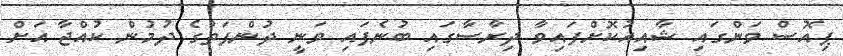
ޕިއޮސް ވަންގައި ޝާއިއުކޮށްފައިވާ ދިރާސާގައި ބުނެފައި ވަނީ ދުންފަތުގެ ދުމުން ކުއްޖާ އަށް